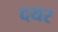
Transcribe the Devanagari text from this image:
दयर